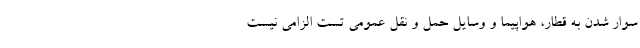
سوار شدن به قطار، هواپیما و وسایل حمل و نقل عمومی تست الزامی نیست